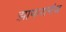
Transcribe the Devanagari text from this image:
झाफरागंज